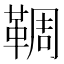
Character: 𩋙